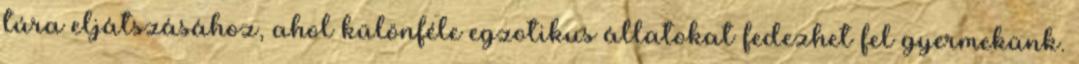
túra eljátszásához, ahol különféle egzotikus állatokat fedezhet fel gyermekünk.